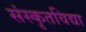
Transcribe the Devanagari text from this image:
संस्कृतविद्या